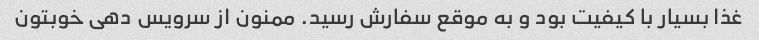
غذا بسیار با کیفیت بود و به موقع سفارش رسید. ممنون از سرویس دهی خوبتون